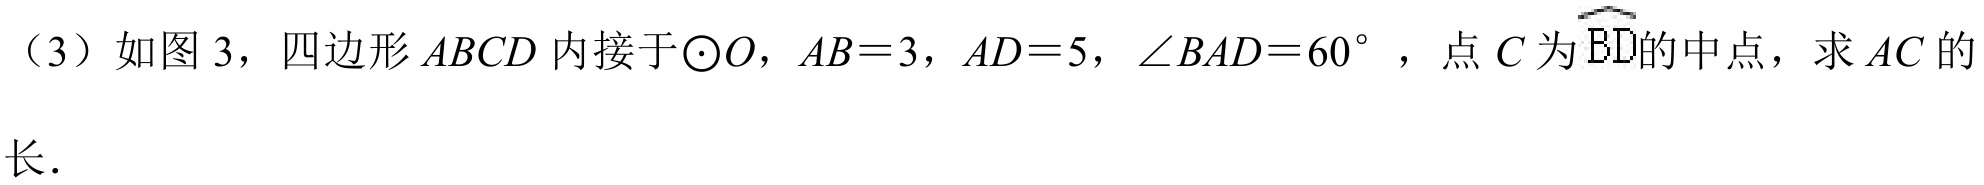
（3）如图 3，四边形 \(ABCD\) 内接于\(\odot O\)，\(AB = 3\)，\(AD = 5\)，\(\angle BAD = 60^{\circ}\)，点 \(C\) 为\(\overset{\frown}{BD}\)的中点，求 \(AC\) 的长．